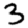
Digit: 3